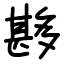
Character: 夦